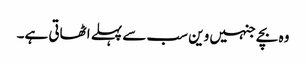
وہ بچے جنہیں وین سب سے پہلے اٹھاتی ہے۔